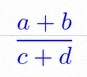
\frac{a+b}{c+d}